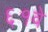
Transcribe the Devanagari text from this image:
६१वे